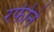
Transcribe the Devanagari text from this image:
रफीने